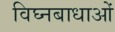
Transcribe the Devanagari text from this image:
विघ्नबाधाओं